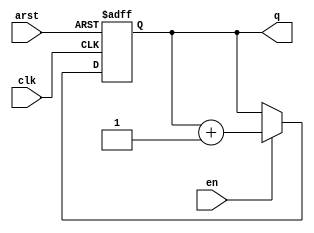
// Modified by John Hubbard, 31 Jan 2015

module counter(clk, arst, en, q) ;
    parameter N = 7 ;
    input clk,arst,en ;
    output [N-1:0] q ;
    reg [N-1:0] q ;

    always @(posedge clk or posedge arst)
    if (arst == 1'b1)
        q <= 0 ;
    else if (en)
        q <= q + 1 ;
endmodule

module mod_counter(clk, arst, q, done) ;
    parameter N = 7 ;
    parameter MAX = 127 ;
    input clk,arst;
    output [N-1:0] q ;
    output done ;

    reg [N-1:0] q ;
    reg done ;

    always @(posedge clk or posedge arst)
    begin
        if (arst == 1'b1)
        begin
            q <= 0 ;
            done <= 0 ;
        end
        else if (q == MAX)
        begin
            q <= 0 ;
            done <= 1 ;
        end
        else
        begin
            q <= q + 1 ;
            done <= 0 ;
        end
    end
endmodule